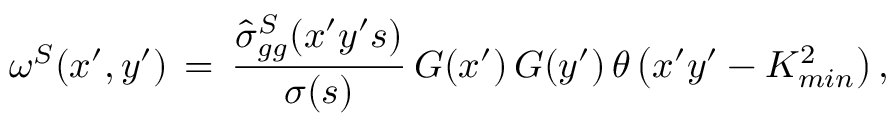
\omega ^ { S } ( x ^ { \prime } , y ^ { \prime } ) \, = \, \frac { \hat { \sigma } _ { g g } ^ { S } ( x ^ { \prime } y ^ { \prime } s ) } { \sigma ( s ) } \, G ( x ^ { \prime } ) \, G ( y ^ { \prime } ) \, \theta \left( x ^ { \prime } y ^ { \prime } - K _ { m i n } ^ { 2 } \right) ,